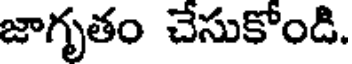
జాగృతం చేసుకోండి.